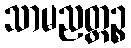
သာမညတ္ထဉ္စ